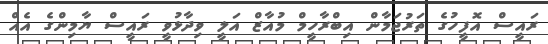
ރައީސް އޮފީހުގެ ތަރުޖަމާން އިބްރާހީމް މުއާޒް އަލީ ވިދާޅުވީ ރައީސް ޔާމިންގެ އެއް